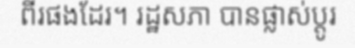
ពីរផងដែរ។ រដ្ឋសភា បានផ្លាស់ប្តូរ